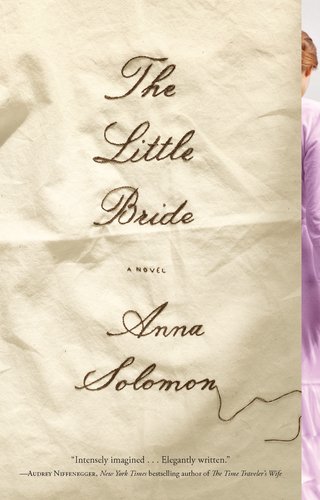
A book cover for The Little Bride; Anna Solomon; Literature & Fiction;